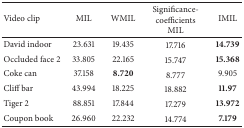
<table><thead><tr><td><b>Video clip</b></td><td><b>MIL</b></td><td><b>WMIL</b></td><td><b>Significance-coefficients MIL</b></td><td><b>IMIL</b></td></tr></thead><tbody><tr><td>David indoor</td><td>23.631</td><td>19.435</td><td>17.716</td><td><b>14.739</b></td></tr><tr><td>Occluded face 2</td><td>33.805</td><td>22.165</td><td>15.747</td><td><b>15.368</b></td></tr><tr><td>Coke can</td><td>37.158</td><td><b>8.720</b></td><td>8.777</td><td>9.905</td></tr><tr><td>Cliff bar</td><td>43.994</td><td>18.225</td><td>18.882</td><td><b>11.97</b></td></tr><tr><td>Tiger 2</td><td>88.851</td><td>17.844</td><td>17.279</td><td><b>13.972</b></td></tr><tr><td>Coupon book</td><td>26.960</td><td>22.232</td><td>14.774</td><td><b>7.179</b></td></tr></tbody></table>